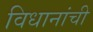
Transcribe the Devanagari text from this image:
विधानांची